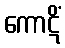
ကောဋိံ